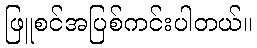
ဖြူစင်အပြစ်ကင်းပါတယ်။